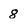
Character: 8